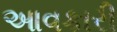
આવકારી